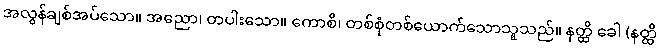
အလွန်ချစ်အပ်သော။ အညော၊ တပါးသော။ ကောစိ၊ တစ်စုံတစ်ယောက်သောသူသည်။ နတ္ထိ ခေါ (နတ္ထိ